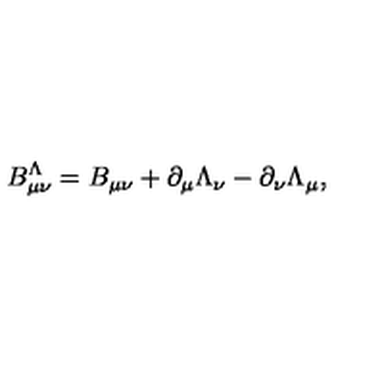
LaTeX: B _ { \mu \nu } ^ { \Lambda } = B _ { \mu \nu } + \partial _ { \mu } \Lambda _ { \nu } - \partial _ { \nu } \Lambda _ { \mu } ,